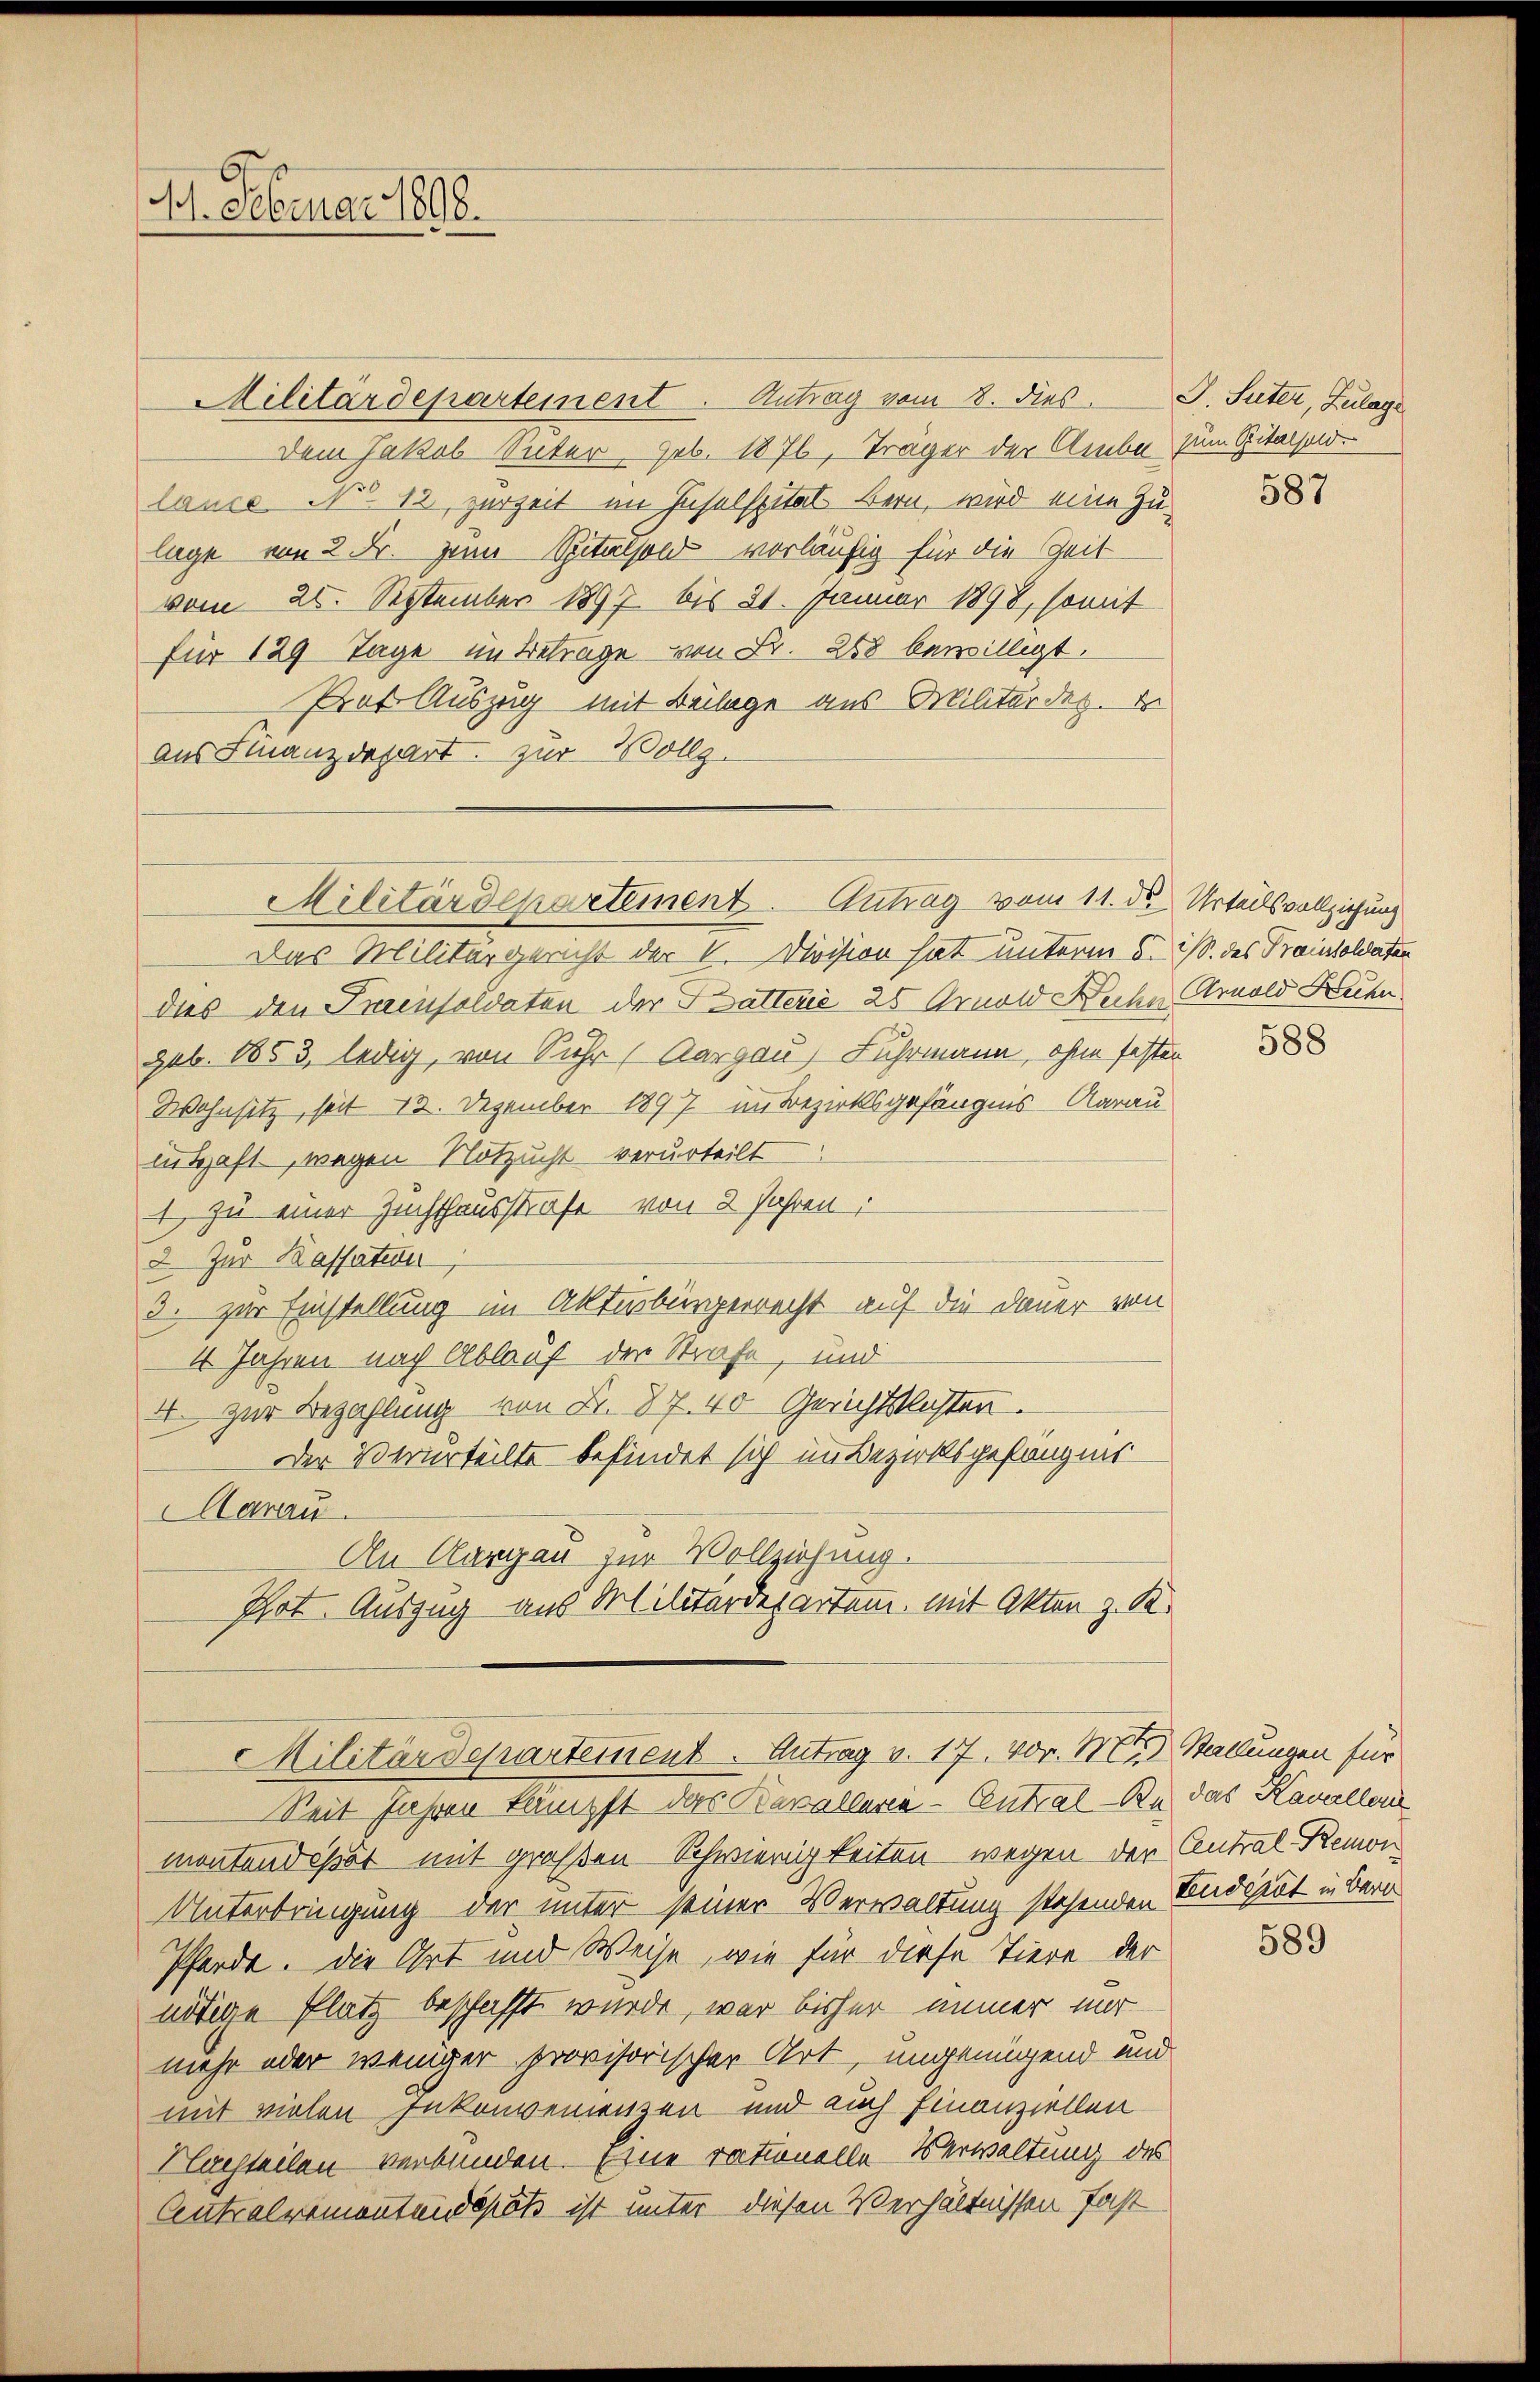
4. Februar 1898.

Militärdepartement. Antrag vom 8. dies J. Suter, Zulage
Dem Jakob Suter, Job. 1876, Träger der Ambe zum Spitalsoldlause No 12 zurzeit im Inselspital Bern, wird eine Zu-
lage von 2 Fr. zum Spitalsold vorläufig für die Zeit
vom 25. September 1897 bis 21. Januar 1898, somit
für 129 Tage im Betrage von Fr. 288 bewilligt.
Prof. Auszug mit Beilage aus Militärdep.
aus Finanzdepart. zur Vollz
Das Militärgericht der V. Division hat unterm 5. M. des Trainsoldaten
dies den Preisoldaten der Batterie 25 Arnold Decher Arnold Hühn
geb. 1853, ledig, von Suhr (Aargau) Fuhrmann, ohne festen
Wohnsitz, seit 13. Dezember 1897 im Bezirksgefängnis, Aarau
in Haft wegen Notzucht verurteilt
1 zu einer Zuchthausstrafe von 2 Jahren
2. Zur Kassation,
3. zur Einstellung im Akturbürgerrecht auf die Dauer von
4 Jahren nach Ablauf der Strafe, und
4. zur Bezahlung von Fr. 87. 40 Gerichtslasten.
Der Verurteilte befindet sich im Bezirksgefängnis
Aarau
An Aargau zur Vollziehung.
Pot. Auszug aus Militärdepartem, mit Akten z. K.
Militärdepartement. Antrag v. 17. vor. M. Stallungen für
Seit Jahren kämpft das Kavallaria - Antral- B. das Kavallen
montend spät mit großen Schwierigkeiten wegen der Central-Remon
Unterbringung der unter seiner Verwaltung stehenden Endität in Bern
Pferde. Die Ort und Weise, wie für diese Tiere der
nötige Platz beschafft wurde, war bisher immer mir
mehr oder weniger provisorischer Art, ungenügend und
mit vielen Inkonvenissen und auch finanziellen
Klachteilen verbunden. Eine rationelle Verwaltung des
Centralremontandspät ist unter diesen Verhältnissen fast

Militärdepartement. Antrag vom 11. ds Urteilsvollziehung

587

588

589